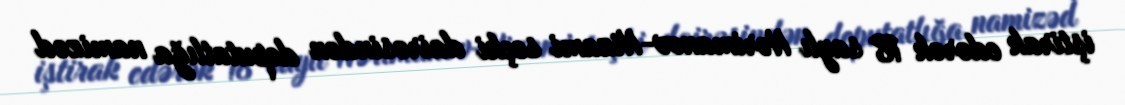
iştirak edərək 18 saylı Nərimanov-Nizami seçki dairəsindən deputatlığa namizəd